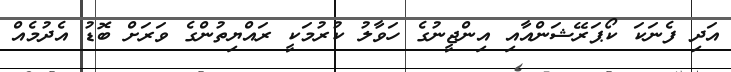
އަދި ފެނަކަ ކޯޕަރޭޝަންއާއި އިންޖީނުގެ ހަވާލު ކުރުމަކީ ރައްޔިތުންގެ ވަރަށް ބޮޑު އެދުމެއް